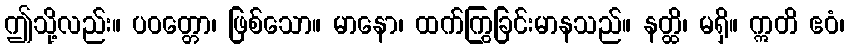
ဤသို့လည်း။ ပဝတ္တော၊ ဖြစ်သော။ မာနော၊ ထက်ကြွခြင်းမာနသည်။ နတ္ထိ၊ မရှိ။ ဣတိ ဧဝံ၊